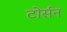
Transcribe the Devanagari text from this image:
टोर्सन